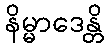
နိမ္မာဒေန္တိ